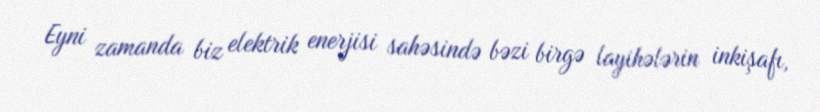
Eyni zamanda biz elektrik enerjisi sahəsində bəzi birgə layihələrin inkişafı,